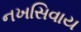
નખસિવાય